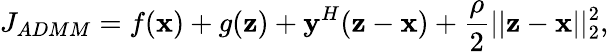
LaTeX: J_{ADMM}=f(\textbf{x})+g(\textbf{z})+\textbf{y}^{H}(\textbf{z}-\textbf{x})+\frac{\rho}{2}||\textbf{z}-\textbf{x}||_{2}^{2},